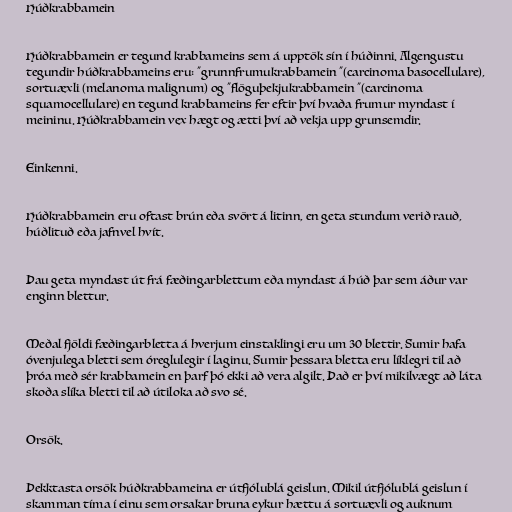
Húðkrabbamein

Húðkrabbamein er tegund krabbameins sem á upptök sín í húðinni. Algengustu
tegundir húðkrabbameins eru: "grunnfrumukrabbamein "(carcinoma basocellulare),
sortuæxli (melanoma malignum) og "flöguþekjukrabbamein "(carcinoma
squamocellulare) en tegund krabbameins fer eftir því hvaða frumur myndast í
meininu. Húðkrabbamein vex hægt og ætti því að vekja upp grunsemdir.

Einkenni.

Húðkrabbamein eru oftast brún eða svört á litinn, en geta stundum verið rauð,
húðlituð eða jafnvel hvít.

Þau geta myndast út frá fæðingarblettum eða myndast á húð þar sem áður var
enginn blettur.

Meðal fjöldi fæðingarbletta á hverjum einstaklingi eru um 30 blettir. Sumir hafa
óvenjulega bletti sem óreglulegir í laginu. Sumir þessara bletta eru líklegri til að
þróa með sér krabbamein en þarf þó ekki að vera algilt. Það er því mikilvægt að láta
skoða slíka bletti til að útiloka að svo sé.

Orsök.

Þekktasta orsök húðkrabbameina er útfjólublá geislun. Mikil útfjólublá geislun í
skamman tíma í einu sem orsakar bruna eykur hættu á sortuæxli og auknum